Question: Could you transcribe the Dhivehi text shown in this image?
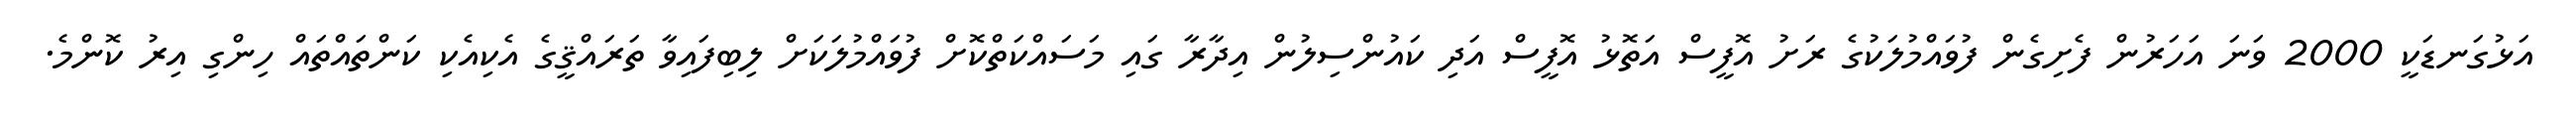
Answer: އަޅުގަނޑަކީ 2000 ވަނަ އަހަރުން ފެށިގެން ފުވައްމުލަކުގެ ރަށު އޮފީސް އަތޮޅު އޮފީސް އަދި ކައުންސިލުން އިދާރާ ގައި މަސައްކަތްކޮށް ފުވައްމުލަކަށް ލިބިފައިވާ ތަރައްޤީގެ އެކިއެކި ކަންތައްތައް ހިންގި އިރު ކޮންމެ.